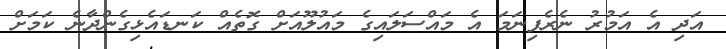
އަދި އެ އަމުރު ނެރެފިނަމަ އެ މައްސަލައިގެ މައުލޫއަށް ގޮތެއް ކަނޑައެޅިގެންދާނެ ކަމަށް